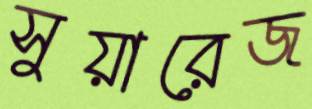
সুয়ারেজ